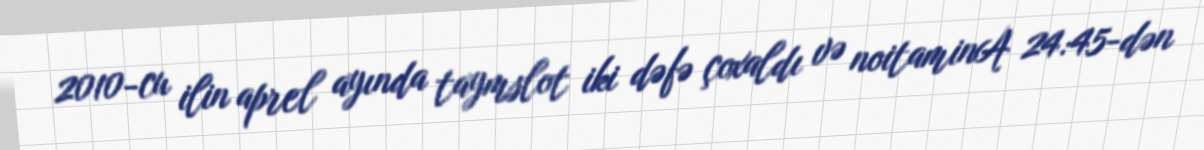
2010-cu ilin aprel ayında taymslot iki dəfə çoxaldı və noitaminA 24:45-dən